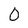
Character: 0